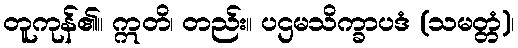
တူကုန်၏။ ဣတိ၊ တည်း။ ပဌမသိက္ခာပဒံ (သမတ္တံ)၊